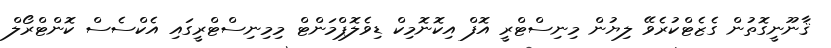
ޤާނޫނީގޮތުން ގެޒެޓްކުރެވޭ ލިޔުން މިނިސްޓްރީ އޮފް އިކޮނޮމިކް ޑިވެލޮޕްމަންޓް މިމިނިސްޓްރީގައި އެކްސެސް ކޮންޓްރޯލް